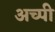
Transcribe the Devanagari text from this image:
अच्पी